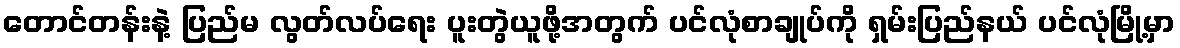
တောင်တန်းနဲ့ ပြည်မ လွတ်လပ်ရေး ပူးတွဲယူဖို့အတွက် ပင်လုံစာချုပ်ကို ရှမ်းပြည်နယ် ပင်လုံမြို့မှာ